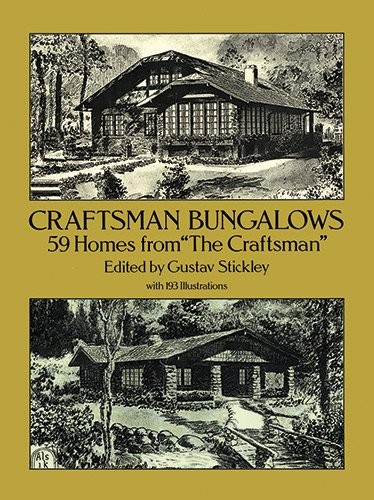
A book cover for Craftsman Bungalows: 59 Homes from "The Craftsman" (Dover Architecture); Crafts, Hobbies & Home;